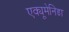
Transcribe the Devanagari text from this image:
एक्यूमेनिडा